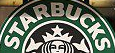
STARBUCKS